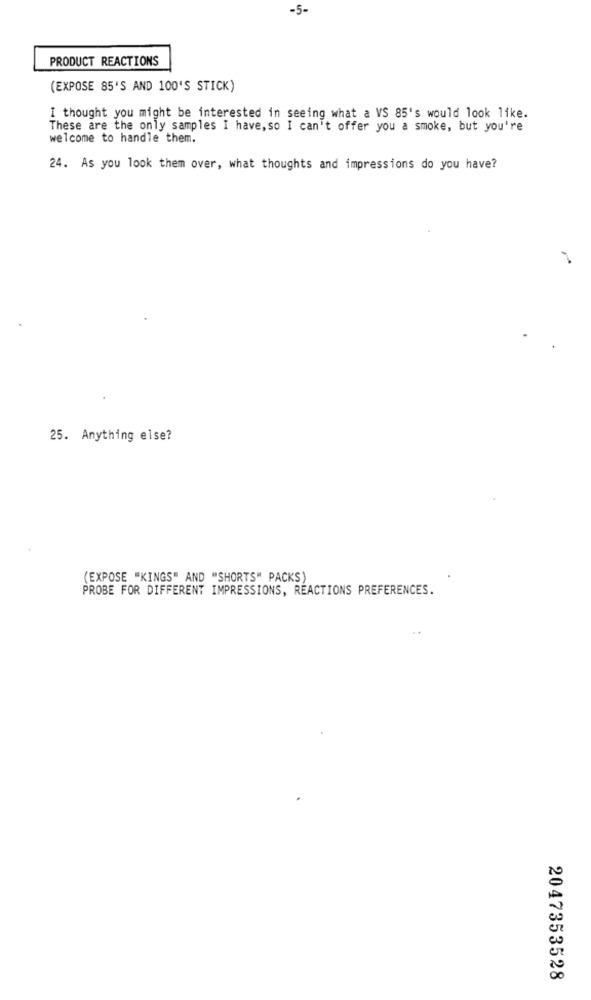
-5-
PRODUCT REACTIONS
(EXPOSE 85'S AND 100'S STICK)
I thought you might be interested in seeing what a VS 85's would look like.
These are the only samples I have, so I can't offer you a smoke, but you're
welcome to handle them.
24. As you look them over, what thoughts and impressions do you have?
25. Anything else?
(EXPOSE "KINGS" AND "SHORTS" PACKS)
PROBE FOR DIFFERENT IMPRESSIONS, RÉACTIONS PREFERENCES.
2047353528